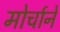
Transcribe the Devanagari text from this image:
मोर्चाने